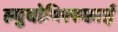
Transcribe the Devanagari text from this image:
ल्युबोमिरस्काई